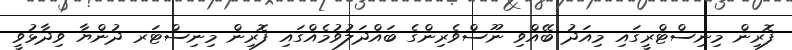
ފޮރިން މިނިސްޓްރީގައި މިއަދު ބޭއްވި ނޫސްވެރިންގެ ބައްދަލުވުމެއްގައި ފޮރިން މިނިސްޓަރ ދުންޔާ ވިދާޅުވީ